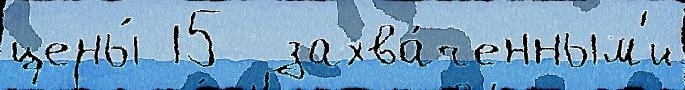
цены́ 15  захва́ченным'и